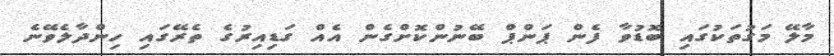
މާލޭ މަގުތަކުގައި ބޮޑުވާ ފެން ޕަންޕް ބޭނުންކޮށްގެން އެއް ގަޑިއިރުގެ ތެރޭގައި ހިންދާލެވޭނެ